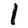
Digit: 1